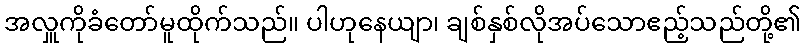
အလှူကိုခံတော်မူထိုက်သည်။ ပါဟုနေယျာ၊ ချစ်နှစ်လိုအပ်သောဧည့်သည်တို့၏